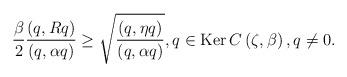
LaTeX: \begin{align*}\frac{\beta}{2}\frac{\left( q,Rq\right) }{\left( q,\alpha q\right) }\geq\sqrt{\frac{\left( q,\eta q\right) }{\left( q,\alpha q\right) }},q\in\operatorname{Ker}C\left( \zeta,\beta\right) ,\text{}q\not =0. \end{align*}